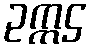
ဥက္ကဌ